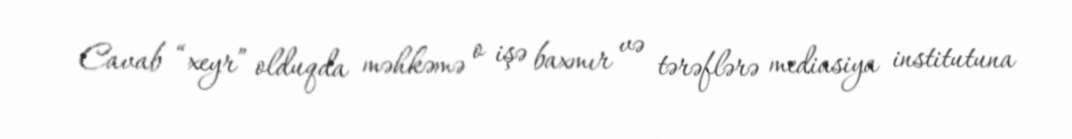
Cavab “xeyr” olduqda məhkəmə o işə baxmır və tərəflərə mediasiya institutuna